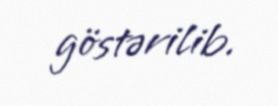
göstərilib.